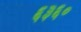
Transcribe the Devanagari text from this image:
६३६०